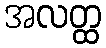
အလတ္ထ